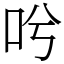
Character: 𠯋